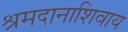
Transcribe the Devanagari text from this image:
श्रमदानाशिवाय